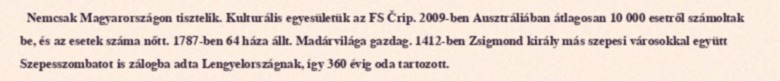
Nemcsak Magyarországon tisztelik. Kulturális egyesületük az FS Črip. 2009-ben Ausztráliában átlagosan 10 000 esetről számoltak be, és az esetek száma nőtt. 1787-ben 64 háza állt. Madárvilága gazdag. 1412-ben Zsigmond király más szepesi városokkal együtt Szepesszombatot is zálogba adta Lengyelországnak, így 360 évig oda tartozott.